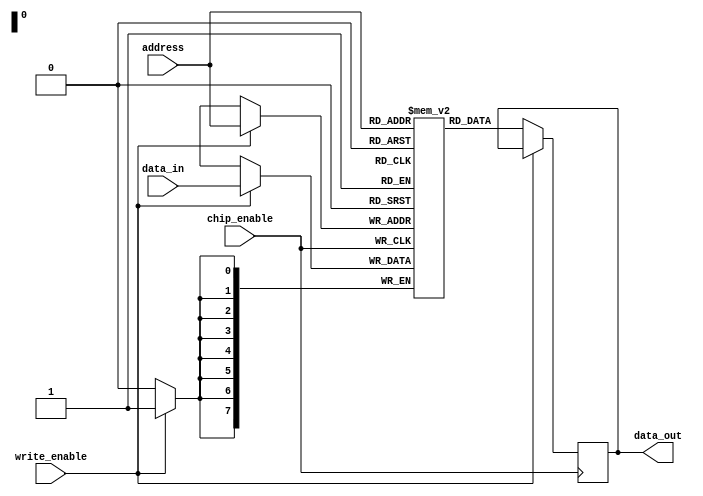
module sram (
    input wire [7:0] address,
    input wire [7:0] data_in,
    input wire write_enable,
    input wire chip_enable,
    output reg [7:0] data_out
);

reg [7:0] memory [0:255];

always @ (posedge chip_enable) begin
    if (write_enable) begin
        memory[address] <= data_in;
    end else begin
        data_out <= memory[address];
    end
end

endmodule